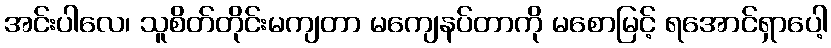
အင်းပါလေ၊ သူစိတ်တိုင်းမကျတာ မကျေနပ်တာကို မစောမြင့် ရအောင်ရှာပေါ့